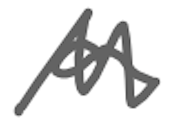
Text: a
Cross-out: zig-zag
Writing tool: digital_gray